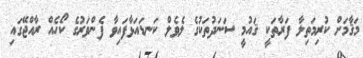
މަޤާމަށް ކުރިމަތިލާ ފަރާތަކީ ޤައުމީ ސަނަދުތަކުގެ ލެވެލް ކަނޑައަޅާފައިވާ ފެންވަރުގެ ކޯހެއް ރާއްޖޭގައި